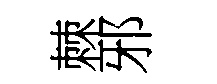
棘邪